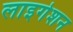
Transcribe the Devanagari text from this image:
लाइगेशन